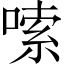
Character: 嗦